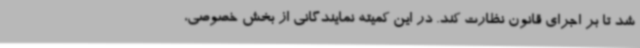
شد تا بر اجرای قانون نظارت کند. در این کمیته نمایندگانی از بخش خصوصی،